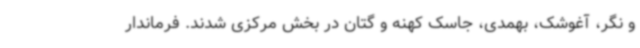
و نگر، آغوشک، بهمدی، جاسک کهنه و گتان در بخش مرکزی شدند. فرماندار